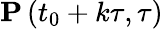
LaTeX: \mathbf{P}\left(t_{0}+k\tau,\tau\right)